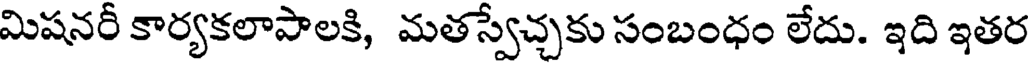
మిషనరీ కార్యకలాపాలకి, మతస్వేచ్చకు సంబంధం లేదు. ఇది ఇతర